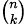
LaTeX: \scriptstyle{\binom{n}{k}}